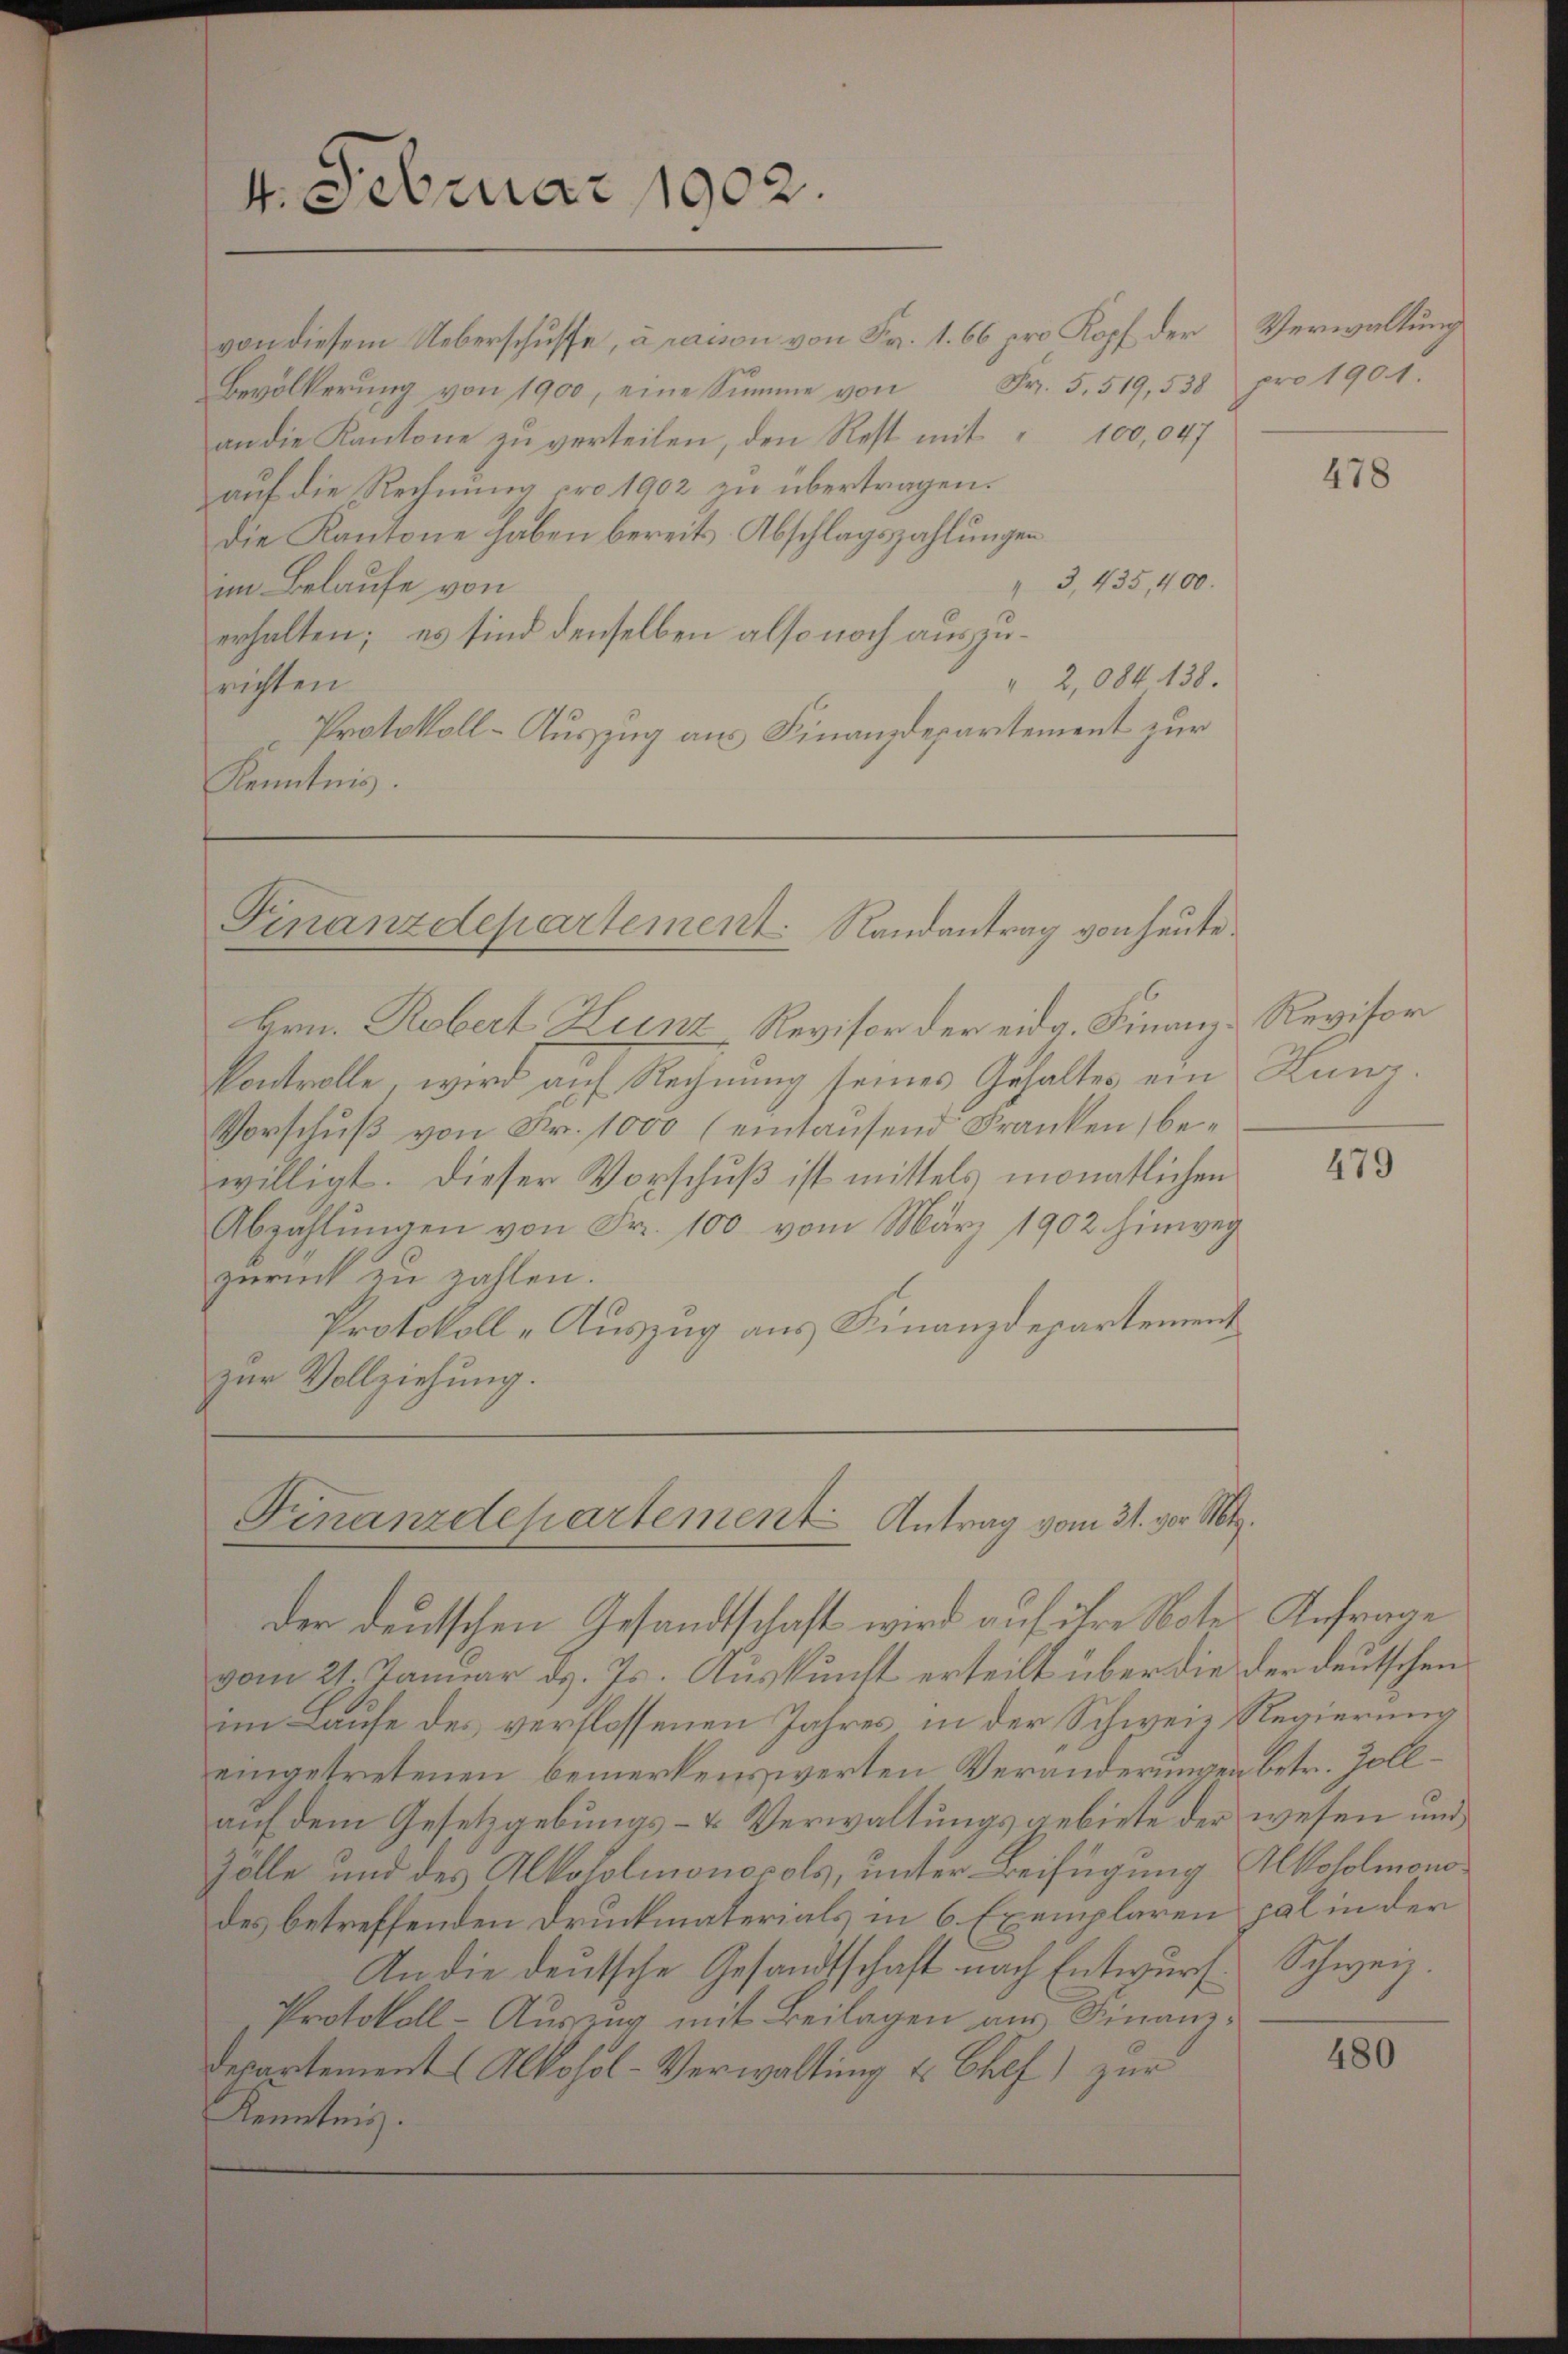
Bevölkerŭng von 1900, eine Summe von Fr. 5. 519,538 pro 1901.
an die Kantone zu verteilen, den Rest mit 100,047
auf die Rechnung pro 1902 zu übertragen.
die Kantone haben bereits-Abschlagszahlungen
" 3, 435, 400.
im Belaufe von
erhalten; es sind denselben also noch auszu¬
" 2,084 438.
frichten
Protokoll-Auszug aus Finanzdepartement zur
Kenntnis.

4. Februar 1902.

Finanzdepartement. Randantrag von heute.

Finanzdepartement Antrag vom 31. vor M.
der deutschen Gesandtschaft wird auf ihre Note Anfrage

von diesem Ueberschusse, à raison von Fr. 1. 66 pro Kopf der

Hrn. Robert Hunz, Revisor der eidg. Finanz-Revisor
Pontrolle, wird auf Rechnung seines Gehaltes ein Hunz
Vorschŭβ von Fr. 1000 (eintausend Franken, bewilligt. Dieser Vorschuß ist mittels monatlichen
Abzahlŭngen von Fr. 100 vom März 1902 hinweg
zurück zu zahlen.
Protokoll-Auszug aus Finanzdepartement
zur Vollziehung.

Verwaltung

vom 27. Januar d. Js. Auskunft erteilt über die der deutschen
im Laufe des verflossenen Jahres in der Schweiz. Regierung
eingetretenen bemerkenswerten Veränderungen betr. Zollauf dem Gesetzgebungs- & Verwaltungsgebiete der wesen und,
Zolle und des Alkoholmonocols, unter Beifügung Alkoholmono
des betreffenden Druckmaterials in 6 Exemplaren pal in der
An die deutsche Gesandtschaft nach Entwŭrf Schweiz.
Protokoll-Auszug mit Beilagen aus Finanz¬
Departement (Alkohol-Verwaltung u. Chef) zur
Kenntnis.

478

479

480